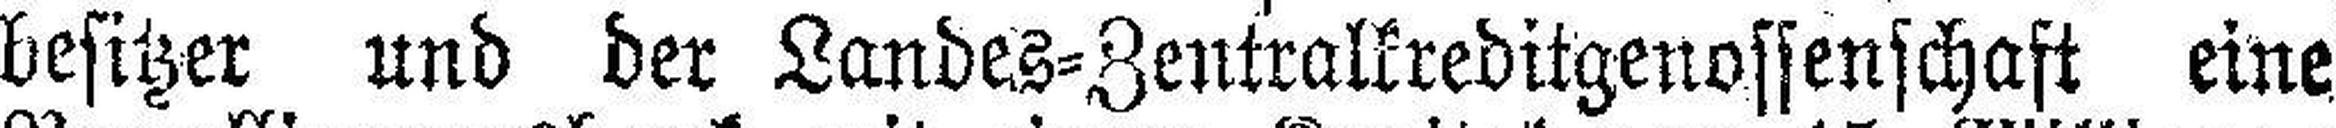
besitzer. und der Landes=Zentralkreditgenossenschaft eine